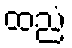
ထညံ